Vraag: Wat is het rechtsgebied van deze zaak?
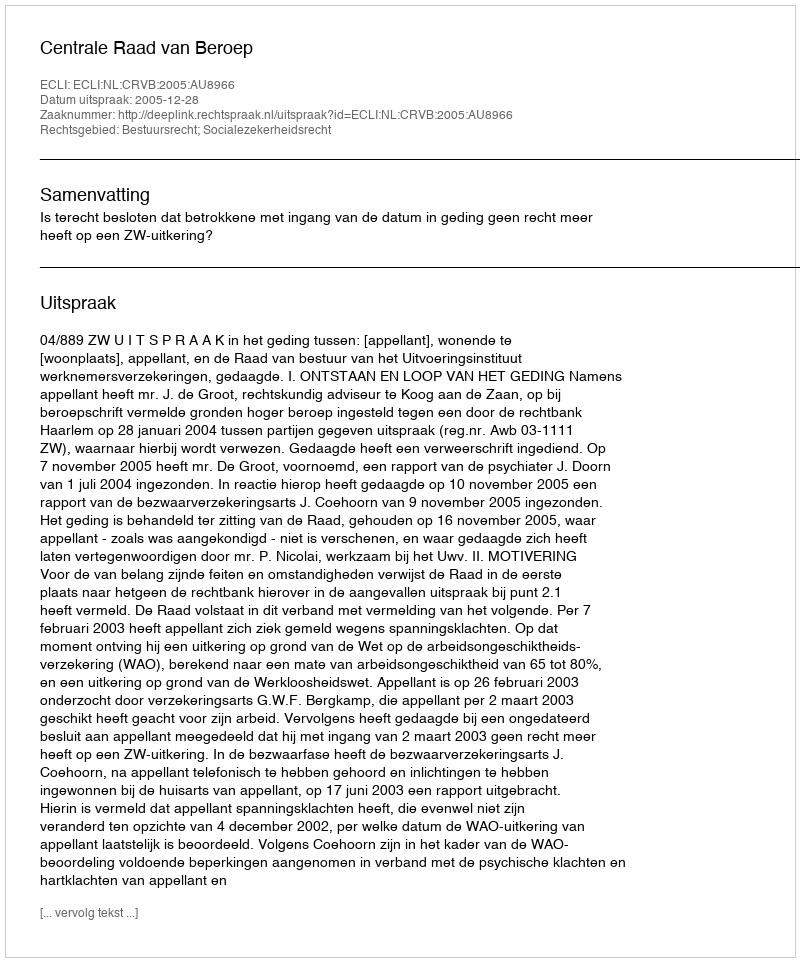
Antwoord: Bestuursrecht; Socialezekerheidsrecht